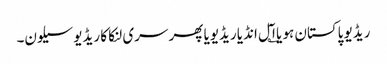
ریڈیو پاکستان ہو یا ا؎ٓل انڈیا ریڈیویا پھر سری لنکا کا ریڈیو سیلون۔